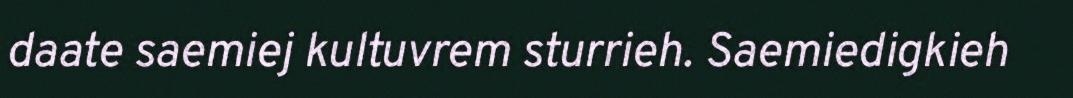
daate saemiej kultuvrem sturrieh. Saemiedigkieh